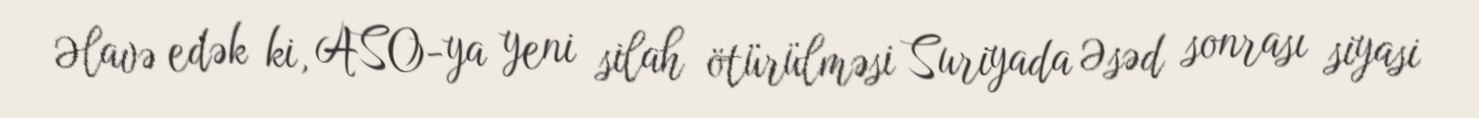
Əlavə edək ki, ASO-ya yeni silah ötürülməsi Suriyada Əsəd sonrası siyasi